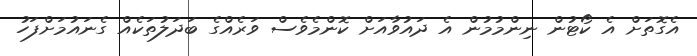
އެގޮތަށް އެ ކޯޓުން ނިންމުމުން އެ ދައުވާއަށް ކޮންމެވެސް ވަރެއްގެ ބަދަލުތަކެއް ގެނައުމަށްފަހު